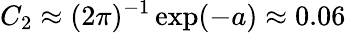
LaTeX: C_{2}\approx(2\pi)^{-1}\exp(-a)\approx 0.06